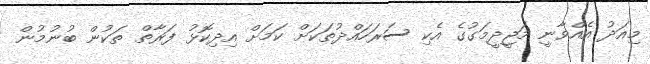
މިއަދު އެއްވާނީ މަޖީދީމަގުގެ އެކި ސަރަހައްދުތަކަށް ކަމަށް އިދިކޮޅު ފަރާތް ތަކުން ބުނުމުން